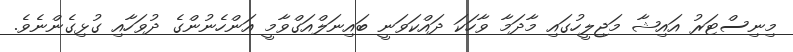
މިނިސްޓަރު އައިޝާ މަޖިލީހުގައި މާދަމާ ވާހަކަ ދައްކަވަނީ ބައިނަލްއަގްވާމީ އަންހެނުންގެ ދުވަހާއި ގުޅިގެންނެވެ.